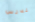
ندرس